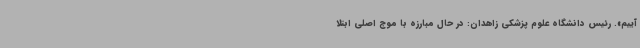
آییم». رئیس دانشگاه علوم پزشکی زاهدان: در حال مبارزه با موج اصلی ابتلا